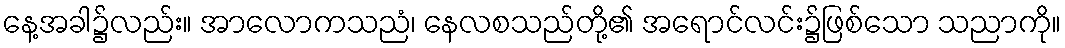
နေ့အခါ၌လည်း။ အာလောကသညံ၊ နေလစသည်တို့၏ အရောင်လင်း၌ဖြစ်သော သညာကို။